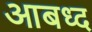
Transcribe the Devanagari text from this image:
आबध्द